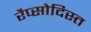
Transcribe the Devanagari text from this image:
रैप्सोदिस्त